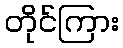
တိုင်ကြား